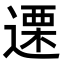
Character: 𮞶